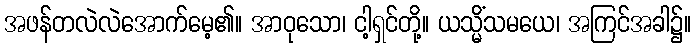
အဖန်တလဲလဲအောက်မေ့၏။ အာဝုသော၊ ငါ့ရှင်တို့။ ယသ္မိံသမယေ၊ အကြင်အခါ၌။